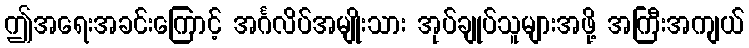
ဤအရေးအခင်းကြောင့် အင်္ဂလိပ်အမျိုးသား အုပ်ချုပ်သူများအဖို့ အကြီးအကျယ်